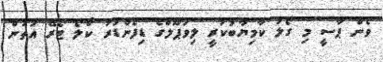
ވެން ޕާސީ މި ގޯލު ކާމިޔާބުކުރީ ލިވަޕޫލްގެ ޑިފެންޑަރު ކޯލޯ ޓޯރޭ އަތުން